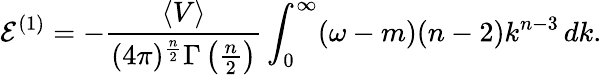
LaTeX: {\cal E}^{(1)}=-\frac{\langle V\rangle}{(4\pi)^{\frac{n}{2}}\Gamma\left(\frac{n}{2}\right)}\int_{0}^{\infty}(\omega-m)(n-2)k^{n-3}\, dk.